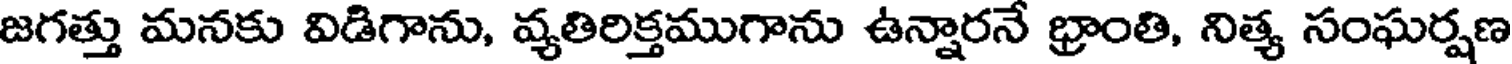
జగత్తు మనకు విడిగాను, వ్యతిరిక్తముగాను ఉన్నారనే భ్రాంతి, నిత్య సంఘర్షణ